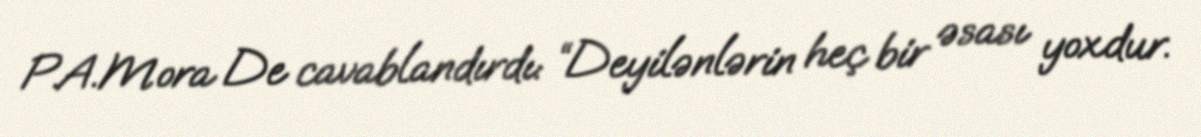
P.A.Mora De cavablandırdı: “Deyilənlərin heç bir əsası yoxdur.